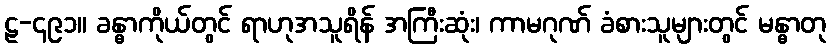
ဠ-၄၉၁။ ခန္ဓာကိုယ်တွင် ရာဟုအသူရိန် အကြီးဆုံး၊ ကာမဂုဏ် ခံစားသူများတွင် မန္ဓာတု